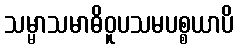
သမ္မာသမာဓိဝူပသမပစ္စယာပိ